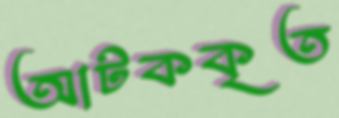
আটককৃত